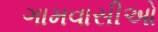
ગામવાસીઓ